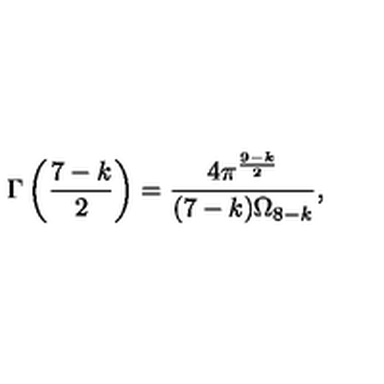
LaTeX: \Gamma \left( \frac { 7 - k } { 2 } \right) = \frac { 4 \pi ^ { \frac { 9 - k } { 2 } } } { ( 7 - k ) \Omega _ { 8 - k } } ,